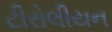
ટીરોલીયન